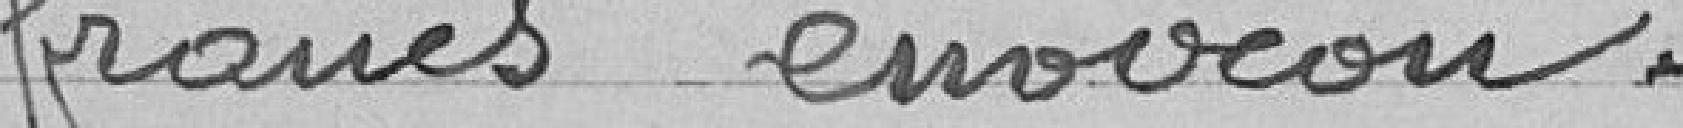
francs environ.